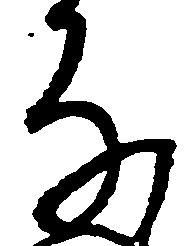
な